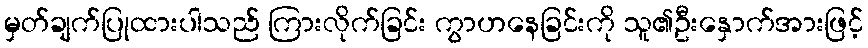
မှတ်ချက်ပြုထားပါသည် ကြားလိုက်ခြင်း ကွာဟနေခြင်းကို သူ၏ဦးနှောက်အားဖြင့်